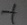
Text: +